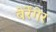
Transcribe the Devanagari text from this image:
बेर्रेंगेर